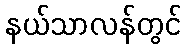
နယ်သာလန်တွင်